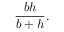
{ \frac { b h } { b + h } } .